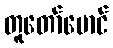
တူတော်မောင်